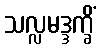
သလ္လမဒ္ဒက္ခိံ